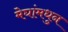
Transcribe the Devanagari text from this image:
मेघांमधुन